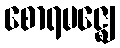
စောရမဇ္ဈေ